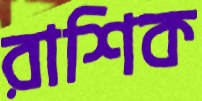
রাশিক